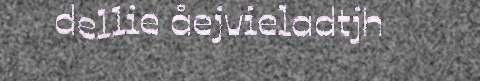
dellie åejvieladtjh